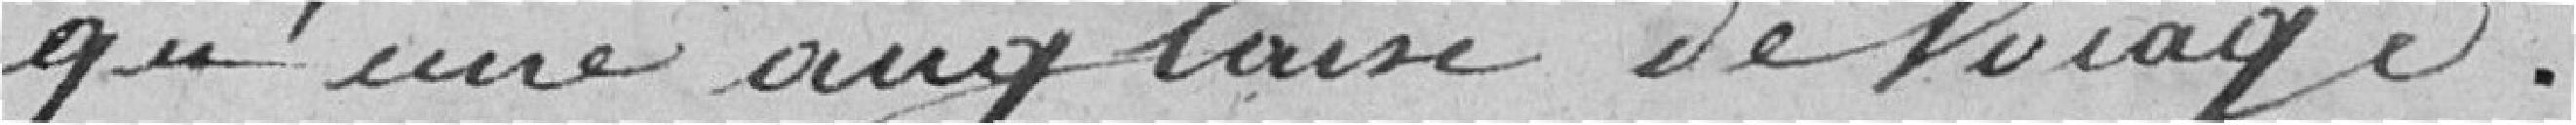
qu'une anglaise de voyage.